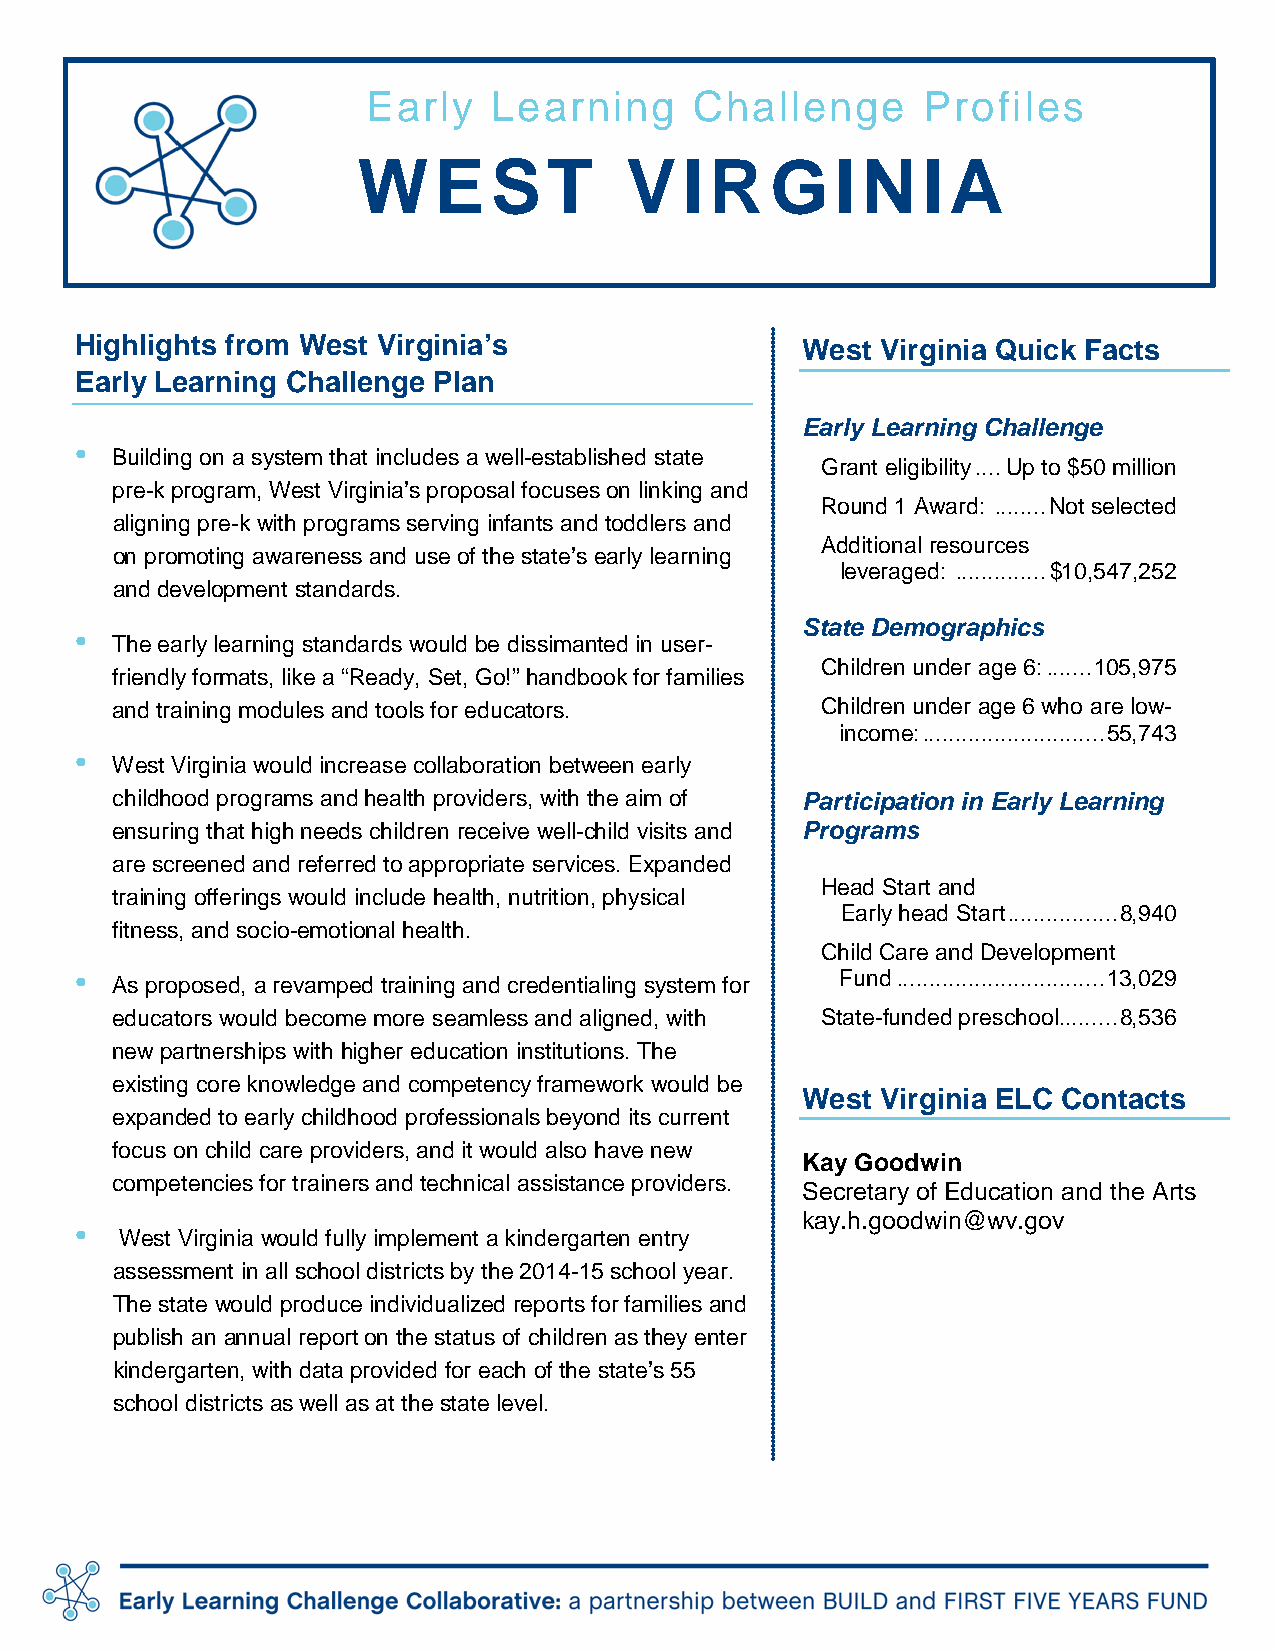
Early    Learning     Challenge      Profiles
 WEST             VIR       G   IN    IA
 Highlights from West Virginia’s                 West Virginia Quick Facts
 Early Learning Challenge Plan
 Early Learning Challenge
 •
 Building on a system that includes a well-established state
 Grant eligibility .... Up to $50 million
 pre-k program, West Virginia’s proposal focuses on linking and
 Round 1 Award: ........ Not selected
 aligning pre-k with programs serving infants and toddlers and
 Additional resources
 on promoting awareness and use of the state’s early learning
 leveraged: .............. $10,547,252
 and development standards.
 State Demographics
 •
 The early learning standards would be dissimanted in user-
 Children under age 6: ....... 105,975
 friendly formats, like a “Ready, Set, Go!” handbook for families
 and training modules and tools for educators.  Children under age 6 who are low-
 income: ............................ 55,743
 •
 West Virginia would increase collaboration between early
 childhood programs and health providers, with the aim of Participation in Early Learning
 ensuring that high needs children receive well-child visits and Programs
 are screened and referred to appropriate services. Expanded
 Head Start and
 training offerings would include health, nutrition, physical
 Early head Start ................. 8,940
 fitness, and socio-emotional health.
 Child Care and Development
 •                                                  Fund ................................ 13,029
 As proposed, a revamped training and credentialing system for
 educators would become more seamless and aligned, with State-funded preschool ......... 8,536
 new partnerships with higher education institutions. The
 existing core knowledge and competency framework would be
 West Virginia ELC Contacts
 expanded to early childhood professionals beyond its current
 focus on child care providers, and it would also have new
 Kay Goodwin
 competencies for trainers and technical assistance providers.
 Secretary of Education and the Arts
 kay.h.goodwin@wv.gov
 •
 West Virginia would fully implement a kindergarten entry
 assessment in all school districts by the 2014-15 school year.
 The state would produce individualized reports for families and
 publish an annual report on the status of children as they enter
 kindergarten, with data provided for each of the state’s 55
 school districts as well as at the state level.